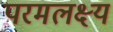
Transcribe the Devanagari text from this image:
परमलक्ष्य